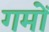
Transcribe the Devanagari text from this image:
गमों